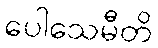
ပေါသေမီတိ